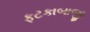
ફટકાબાજી